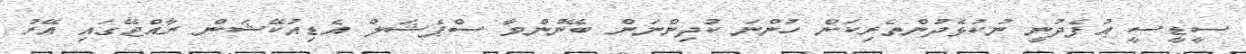
ސީޑީސީ އުފެދުނީ ނުކުޅެދުންތެރިކަން ހުންނަ ކުދިންނަށް ބޭނުންވާ ސްޕެޝަލް އެޑިއުކޭޝަން ރާއްޖޭގައި އޭރު